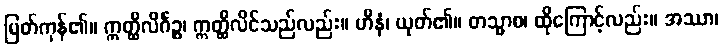
မြတ်ကုန်၏။ ဣတ္ထိလိင်္ဂဉ္စ၊ ဣတ္ထိလိင်သည်လည်း။ ဟီနံ၊ ယုတ်၏။ တသ္မာစ၊ ထိုကြောင့်လည်း။ အဿာ၊